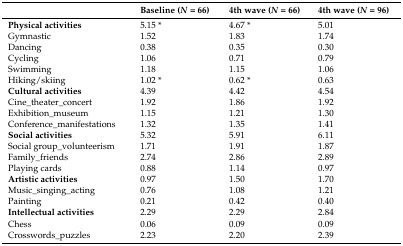
<table><thead><tr><td></td><td><b>Baseline (<i>N</i> = 66)</b></td><td><b>4th wave (<i>N</i> = 66)</b></td><td><b>4th wave (<i>N</i> = 96)</b></td></tr></thead><tbody><tr><td><b>Physical activities</b></td><td>5.15 *</td><td>4.67 *</td><td>5.01</td></tr><tr><td>Gymnastic</td><td>1.52</td><td>1.83</td><td>1.74</td></tr><tr><td>Dancing</td><td>0.38</td><td>0.35</td><td>0.30</td></tr><tr><td>Cycling</td><td>1.06</td><td>0.71</td><td>0.79</td></tr><tr><td>Swimming</td><td>1.18</td><td>1.15</td><td>1.06</td></tr><tr><td>Hiking/skiing</td><td>1.02 *</td><td>0.62 *</td><td>0.63</td></tr><tr><td><b>Cultural activities</b></td><td>4.39</td><td>4.42</td><td>4.54</td></tr><tr><td>Cine_theater_concert</td><td>1.92</td><td>1.86</td><td>1.92</td></tr><tr><td>Exhibition_museum</td><td>1.15</td><td>1.21</td><td>1.30</td></tr><tr><td>Conference_manifestations</td><td>1.32</td><td>1.35</td><td>1.41</td></tr><tr><td><b>Social activities</b></td><td>5.32</td><td>5.91</td><td>6.11</td></tr><tr><td>Social group_volunteerism</td><td>1.71</td><td>1.91</td><td>1.87</td></tr><tr><td>Family_friends</td><td>2.74</td><td>2.86</td><td>2.89</td></tr><tr><td>Playing cards</td><td>0.88</td><td>1.14</td><td>0.97</td></tr><tr><td><b>Artistic activities</b></td><td>0.97</td><td>1.50</td><td>1.70</td></tr><tr><td>Music_singing_acting</td><td>0.76</td><td>1.08</td><td>1.21</td></tr><tr><td>Painting</td><td>0.21</td><td>0.42</td><td>0.40</td></tr><tr><td><b>Intellectual activities</b></td><td>2.29</td><td>2.29</td><td>2.84</td></tr><tr><td>Chess</td><td>0.06</td><td>0.09</td><td>0.09</td></tr><tr><td>Crosswords_puzzles</td><td>2.23</td><td>2.20</td><td>2.39</td></tr></tbody></table>